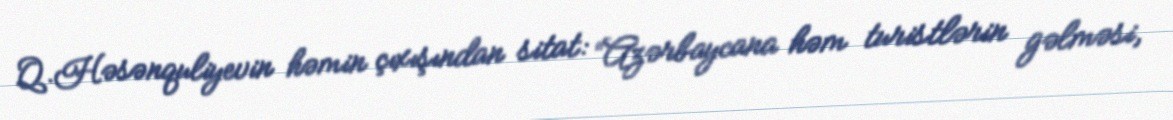
Q.Həsənquliyevin həmin çıxışından sitat: “Azərbaycana həm turistlərin gəlməsi,